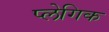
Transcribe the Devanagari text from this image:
प्लेगिक